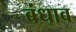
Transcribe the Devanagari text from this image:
बंधाव